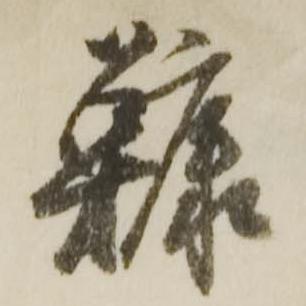
鱇